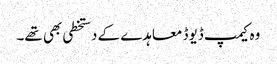
وہ کیمپ ڈیوڈ معاہدے کے دستخطی بھی تھے۔